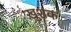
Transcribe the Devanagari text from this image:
ख़ुशक